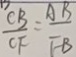
\frac { C B } { C F } = \frac { A B } { F B }